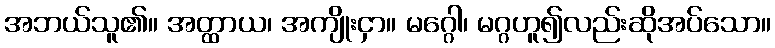
အဘယ်သူ၏။ အတ္ထာယ၊ အကျိုးငှာ။ မဂ္ဂေါ၊ မဂ္ဂဟူ၍လည်းဆိုအပ်သော။